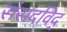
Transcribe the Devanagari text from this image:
संसदविद्‌